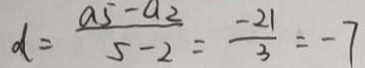
d = \frac { a _ { 5 } - a _ { 2 } } { 5 - 2 } = \frac { - 2 1 } { 3 } = - 7